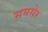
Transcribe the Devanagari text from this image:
समसेर